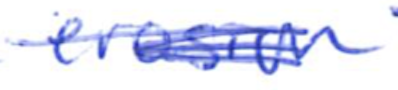
Text: erosion
Cross-out: scratch
Writing tool: ballpoint